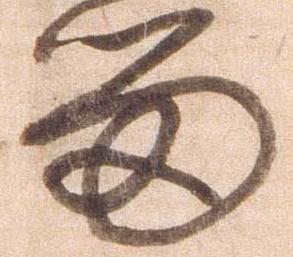
留